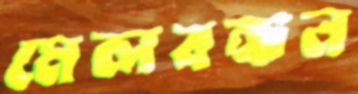
মেলবন্ধন